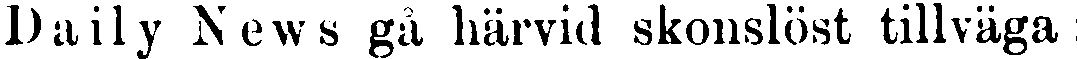
Daily News gå härvid skonslöst tillväga;